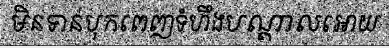
មិនទាន់បុកពេញទំហឹងបណ្តាលអោយ